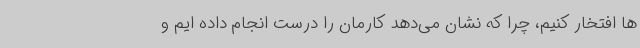
ها افتخار کنیم، چرا که نشان می‌دهد کارمان را درست انجام داده ایم و